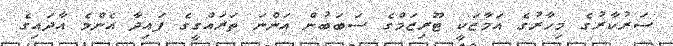
ސަރުކާރުގެ މިހާރުގެ އަމާޒަކީ ޓޫރިޒަމްގެ ސަބަބުން އަންނަ ތަރައްގީގެ ފައިދާ އެންމެ އާދައިގެ